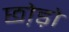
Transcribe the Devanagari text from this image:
छो़ड़ो